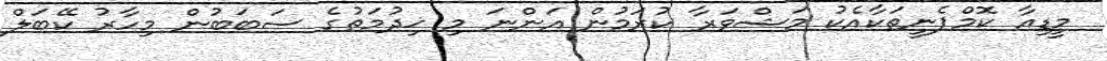
މީޑިއާ ކޮމްޕެނީތަކާއެކު މަޝްވަރާ ކުރަމުން އަންނަ މި ޚިދުމަތުގެ ސަބަބުން މިހާރު ކޭބަލް